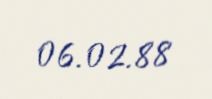
06.02.88